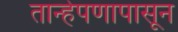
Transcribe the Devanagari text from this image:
तान्हेपणापासून